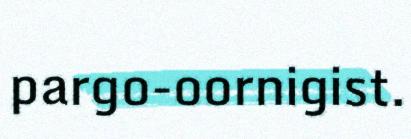
pargo-oornigist.